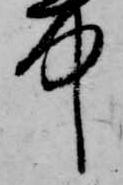
中